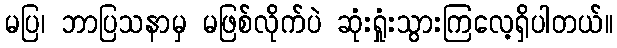
မပြ၊ ဘာပြသနာမှ မဖြစ်လိုက်ပဲ ဆုံးရှုံးသွားကြလေ့ရှိပါတယ်။